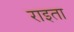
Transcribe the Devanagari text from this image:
राइता